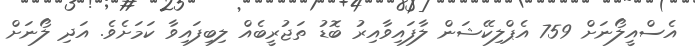
އެސްއީލޯނަށް 759 އެޕްލިކޭޝަން ލާފައިވާއިރު ބޮޑު ތަޖުރީބެއް ލިބިފައިވާ ކަމަށެވެ. އަދި ލޯނަށް